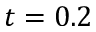
t = 0 . 2